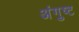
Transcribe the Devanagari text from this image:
अंगुष्ट